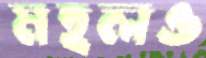
মহলও